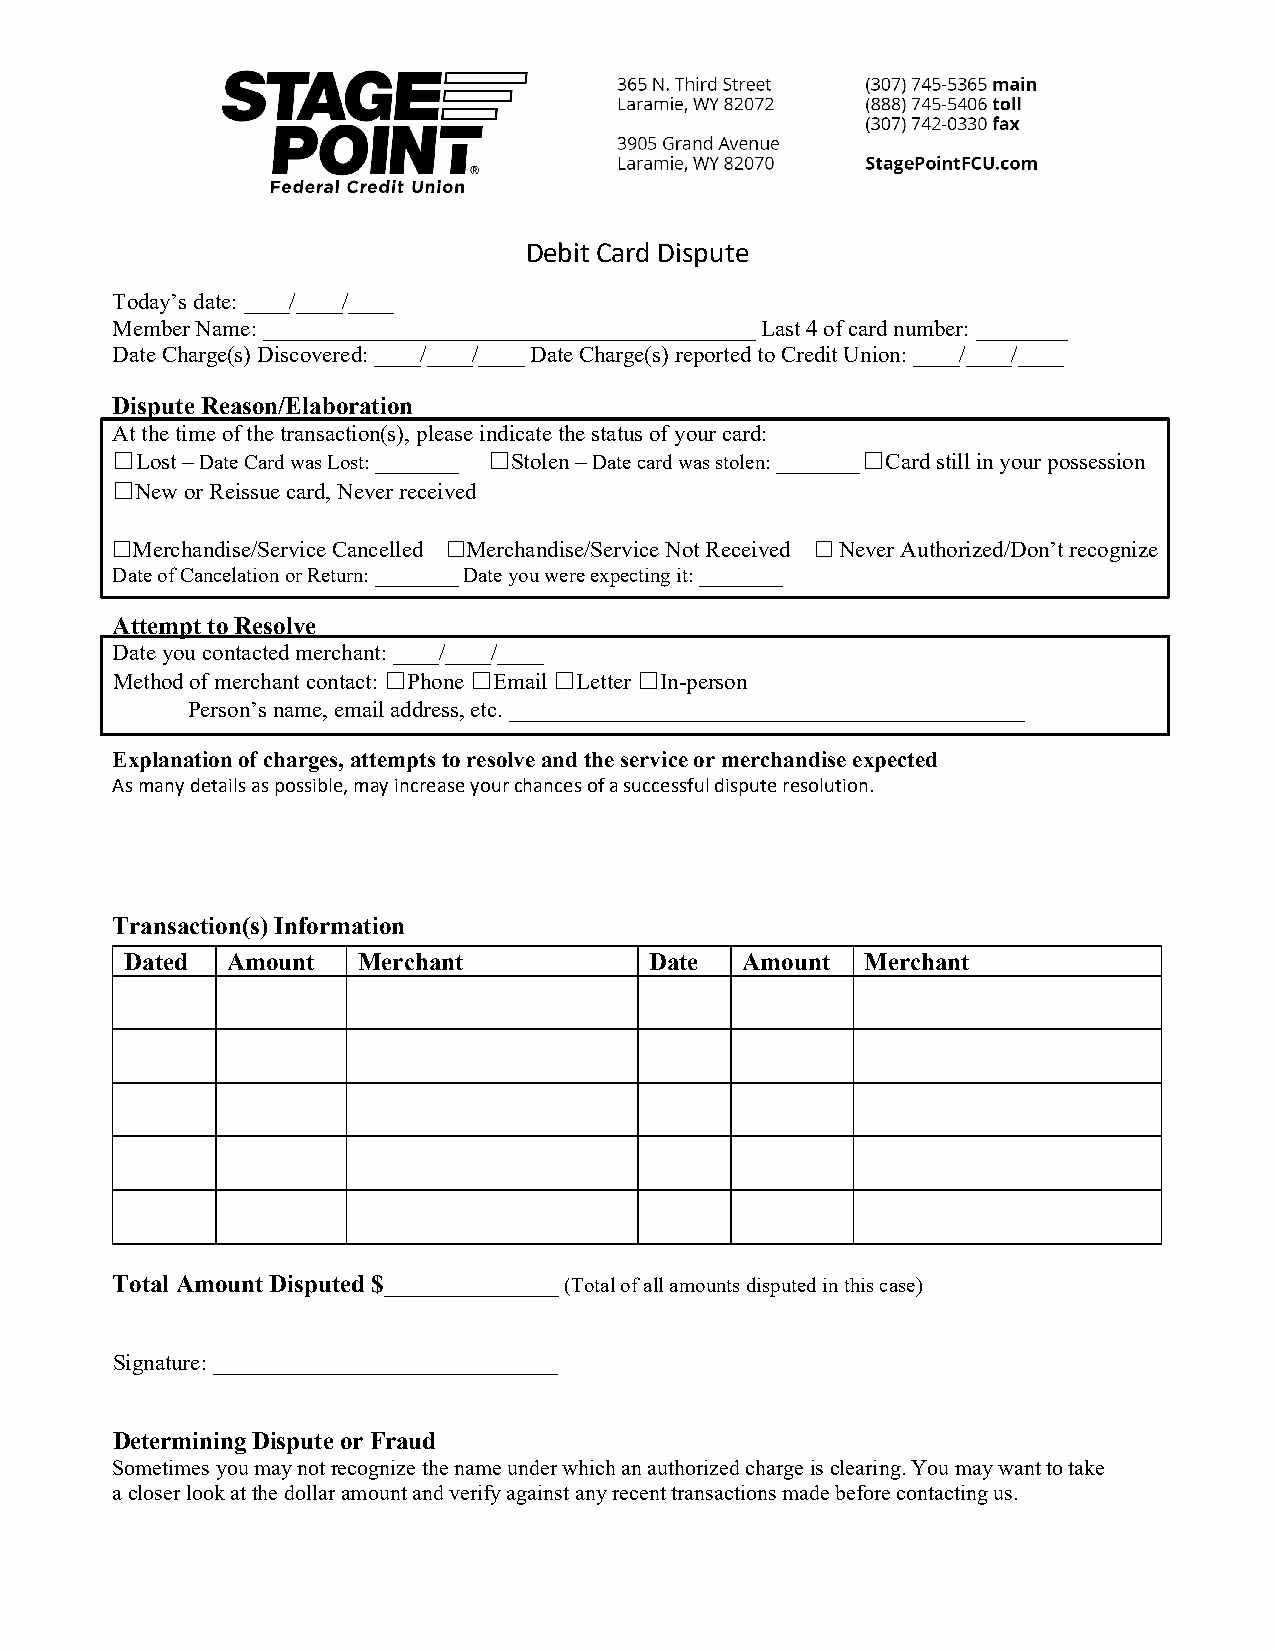
Debit Card Dispute
 Today’s date: ____/____/____
 Member Name: ___________________________________________ Last 4 of card number: ________
 Date Charge(s) Discovered: ____/____/____ Date Charge(s) reported to Credit Union: ____/____/____
 Dispute Reason/Elaboration
 At the time of the transaction(s), please indicate the status of your card:
 ☐Lost – Date Card was Lost: ________ ☐Stolen – Date card was stolen: ________ ☐Card still in your possession
 ☐New or Reissue card, Never received
 Merchandise/Service Cancelled Merchandise/Service Not Received Never Authorized/Don’t recognize
 ☐                      ☐                       ☐
 Date of Cancelation or Return: ________ Date you were expecting it: ________
 Attempt to Resolve
 Date you contacted merchant: ____/____/____
 Method of merchant contact: ☐Phone ☐Email ☐Letter ☐In-person
 Person’s name, email address, etc. _____________________________________________
 Explanation of charges, attempts to resolve and the service or merchandise expected
 As many details as possible, may increase your chances of a successful dispute resolution.
 Transaction(s) Information
 Dated  Amount   Merchant           Date  Amount  Merchant
 Total Amount Disputed $______________ (Total of all amounts disputed in this case)
 Signature: ______________________________
 Determining Dispute or Fraud
 Sometimes you may not recognize the name under which an authorized charge is clearing. You may want to take
 a closer look at the dollar amount and verify against any recent transactions made before contacting us.